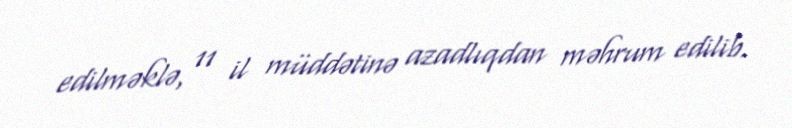
edilməklə, 11 il müddətinə azadlıqdan məhrum edilib.